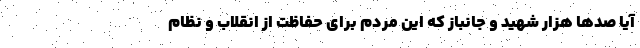
آیا صدها هزار شهید و جانباز که این مردم برای حفاظت از انقلاب و نظام